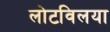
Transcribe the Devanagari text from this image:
लोटविलया